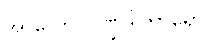
အာလောပပိဏ္ဍဒါတာရော